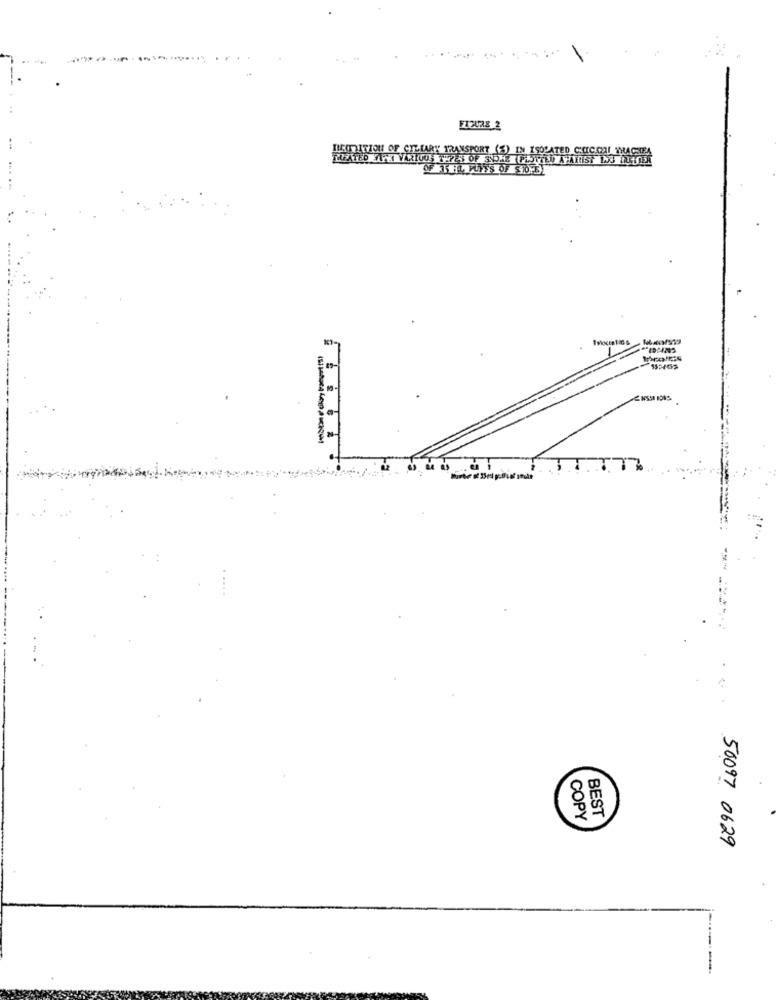
FIGURE 2
SZOL OF CILIARY TRANSPORT (3) IN ISOLATED COCOA! TRACHEA
.. A
BEST
COPY
50097 0629
-